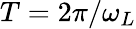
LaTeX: T=2\pi/\omega_{L}